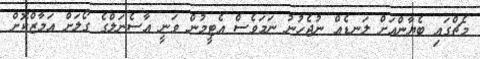
މެޗްގައި ބެޔާންއަށް ލަނޑެއް ނުޖެހުނު ނަމަވެސް އެޓީމުން ވަނީ އާސެނަލްގެ ގޯލަށް އަމާޒްކޮށް